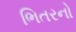
ભિતરનો